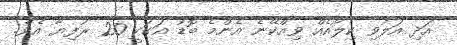
އަދި އަލުވި ކިލޯއެއް ވިއްކޭނެ އެންމެ ބޮޑު އަގަކީ 20 ރުފިޔާ އެވެ.